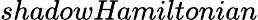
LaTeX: \textit{shadowHamiltonian}